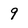
Character: 9